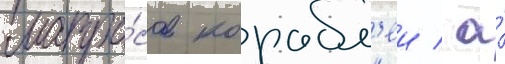
матро́сов корабл'еи / а́